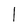
Character: 1